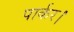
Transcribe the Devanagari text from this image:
पार्कर।